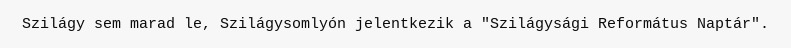
Szilágy sem marad le, Szilágysomlyón jelentkezik a "Szilágysági Református Naptár".